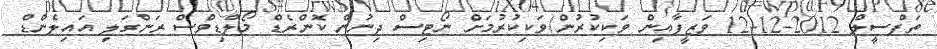
ތަފްސީލް 2012-12-12 ވަޒީފާއިން ވަކިކުރުން/ވަކިކުރުމަށް ނޯޓިސް ދިނުން ކޮންރެޑް މޯލްޑިވްސް ރަންގަލި އައިލެންޑް